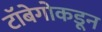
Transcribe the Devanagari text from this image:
टॉबेगोकडून